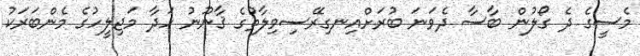
މެސީގެ ދެ ގޯލުން ބާސާ ދެވަނަ ބުރަށްއިނގިރޭސިވިލާތުގެ ޤާނޫނު ހަދާ މަޖިލީހުގެ މެންބަރަކު